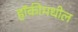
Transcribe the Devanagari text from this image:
हॉकीमधील